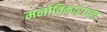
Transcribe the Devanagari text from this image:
मनोविकारांच्या